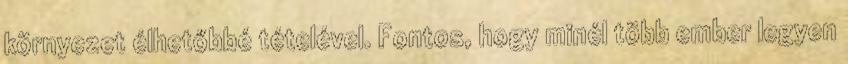
környezet élhetőbbé tételével. Fontos, hogy minél több ember legyen